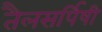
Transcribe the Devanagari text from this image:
तैलसर्पिषी